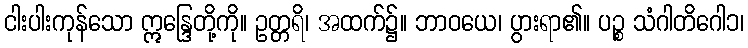
ငါးပါးကုန်သော ဣန္ဒြေတို့ကို။ ဥတ္တရိ၊ အထက်၌။ ဘာဝယေ၊ ပွားရာ၏။ ပဉ္စ သံဂါတိဂေါ၁၊